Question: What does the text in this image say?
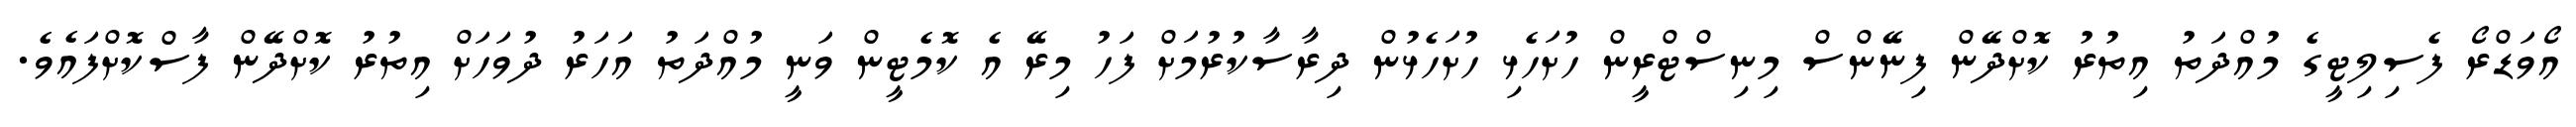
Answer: އޯވަޑްރޯ ފެސިލިޓީގެ މުއްދަތު އިތުރު ކޮށްދޭން ފިނޭންސް މިނިސްޓްރީން ހުށަހެޅި ހުށަހެޅުން ދިރާސާކުރުމަށް ފަހު މިރޭ އެ ކޮމެޓީން ވަނީ މުއްދަތު އަހަރު ދުވަހަށް އިތުރު ކޮށްދޭން ފާސްކޮށްފައެވެ.